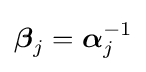
{\boldsymbol {\beta }}_{j}={\boldsymbol {\alpha }}_{j}^{-1}